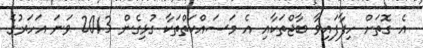
އެ ގޮތަށް ހިފާފައިވާ ބާޖްތަކާއި އެ މަސައްކަތްތަކާ ގުޅިގެން 2013 ވަނަ އަހަރުގެ